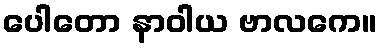
ပေါတော နာဝါယ ဗာလကေ။